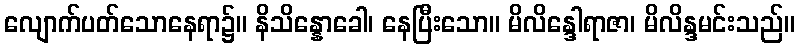
လျောက်ပတ်သောနေရာ၌။ နိသိန္နောခေါ၊ နေပြီးသော။ မိလိန္ဒေါရာဇာ၊ မိလိန္ဒမင်းသည်။